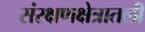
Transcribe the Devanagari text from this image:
संरक्षणक्षेत्रातली